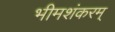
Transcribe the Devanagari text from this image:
भीमशंकरम्